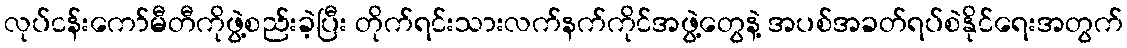
လုပ်ငန်းကော်မီတီကိုဖွဲ့စည်းခဲ့ပြီး တိုက်ရင်းသားလက်နက်ကိုင်အဖွဲ့တွေနဲ့ အပစ်အခတ်ရပ်စဲနိုင်ရေးအတွက်